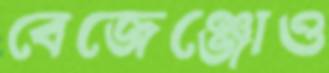
বেজেঞ্জোও